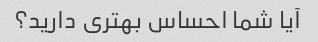
آیا شما احساس بهتری دارید؟